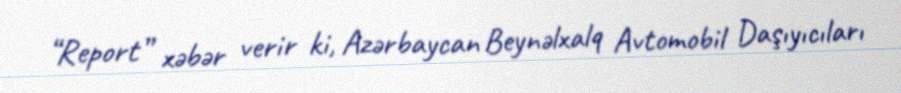
“Report” xəbər verir ki, Azərbaycan Beynəlxalq Avtomobil Daşıyıcıları